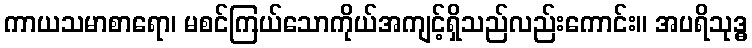
ကာယသမာစာရော၊ မစင်ကြယ်သောကိုယ်အကျင့်ရှိသည်လည်းကောင်း။ အပရိသုဒ္ဓ